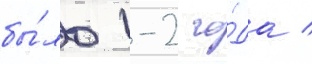
бы́ло 1-2 го́да /